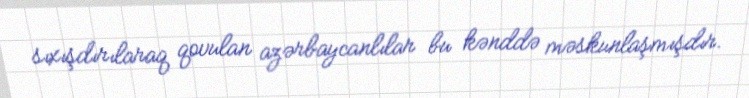
sıxışdırılaraq qovulan azərbaycanlılar bu kənddə məskunlaşmışdır.